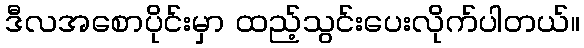
ဒီလအစောပိုင်းမှာ ထည့်သွင်းပေးလိုက်ပါတယ်။